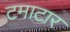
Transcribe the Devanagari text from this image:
टमाटार